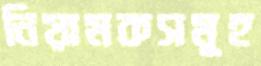
নিয়ামকসমূহ